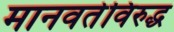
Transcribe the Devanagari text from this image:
मानवतेविरुद्ध